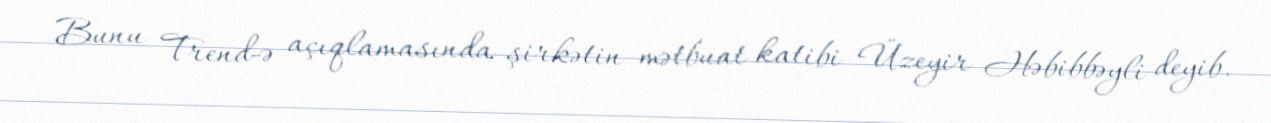
Bunu Trend-ə açıqlamasında şirkətin mətbuat katibi Üzeyir Həbibbəyli deyib.